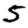
Digit: 5